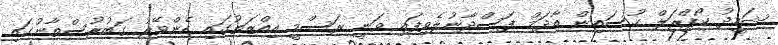
ޝަހީދު ކޯޕްރަލް ޙުސައިން އާދަމް ފަސްދާނުލެވިފައި ވަނީ ރަސްމީ އިއްޒަތުގައި ހެންވޭރު ގަބުރުސްތާނުގައި